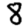
Digit: 8